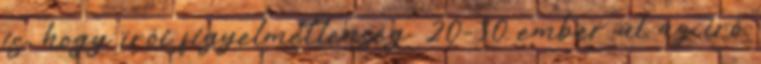
is, hogy írói figyelmetlenség. 20-30 ember ül az író